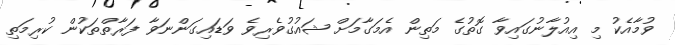
ވުމާއެކު މި އިއުލާނުގައިވާ ގޮތުގެ މަތިން އެމަގާމަށް ޝައުގުވެރިވެ ވަޑައިގަންނަވާ ފަރާތްތަކުން ކުރިމަތި